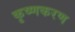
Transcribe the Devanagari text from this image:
कृष्णकरण